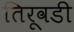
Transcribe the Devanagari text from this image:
तिरूवडी